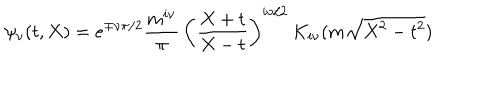
LaTeX: \psi _ { \nu } ( t , X ) = e ^ { \mp \nu \pi / 2 } \frac { m ^ { i \nu } } { \pi } \, \left( \frac { X + t } { X - t } \right) ^ { i \nu / 2 } \, K _ { i \nu } ( m \sqrt { X ^ { 2 } - t ^ { 2 } } )